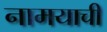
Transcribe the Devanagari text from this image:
नामयाची